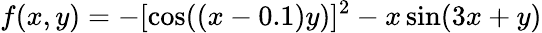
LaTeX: f(x,y)=-[\cos((x-0.1)y)]^{2}-x\sin(3x+y)